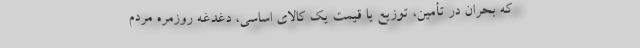
که بحران در تأمین، توزیع یا قیمت یک کالای اساسی، دغدغه روزمره مردم